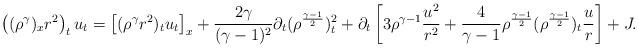
LaTeX: \begin{align*}\begin{aligned}\left((\rho^\gamma)_xr^2\right)_tu_t=\left[(\rho^\gamma r^2)_tu_t\right]_x+\frac{2\gamma}{(\gamma-1)^2}\partial_t(\rho^{\frac{\gamma-1}{2}})_t^2+\partial_t\left[3\rho^{\gamma-1}\frac{u^2}{r^2}+\frac{4}{\gamma-1}\rho^{\frac{\gamma-1}{2}}(\rho^{\frac{\gamma-1}{2}})_t\frac{u}{r}\right]+J.\end{aligned}\end{align*}